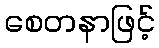
စေတနာဖြင့်